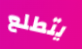
يتطلع